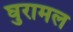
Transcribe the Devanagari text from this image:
घुरामल